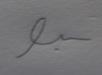
Signature authenticity: forged